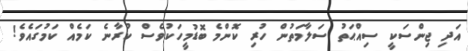
އަދި ޖިންސަކީ ސިއްޙަތު ސަލާމަތުން ހުރި ކޮންމެ ބޮޑުމީހަކުވެސް ކުރާނެ ކަމެއް ކަމުގައެވެ!